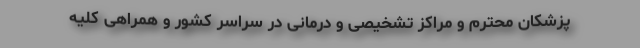
پزشکان محترم و مراکز تشخیصی و درمانی در سراسر کشور و همراهی کلیه